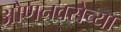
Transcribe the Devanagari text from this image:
ओणनवसेच्या